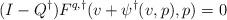
LaTeX: \begin{align*}(I-Q^\dagger)F^{q,\dagger}(v+\psi^\dagger(v,p),p)=0\end{align*}